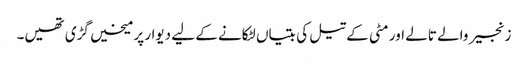
زنجیر والے تالے اور مٹی کے تیل کی بتیاں لٹکانے کے لیے دیوار پر میخیں گڑی تھیں۔